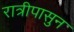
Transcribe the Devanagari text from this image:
रात्रीपासुन